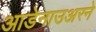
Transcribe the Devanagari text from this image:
आडेनाउअरने